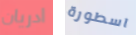
ادريان اسطورة